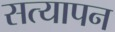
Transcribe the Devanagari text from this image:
सत्‍यापन